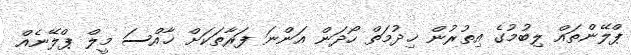
ޕްލޭންތައް ލިބުމުގެ އިތުރުން ޚިދުމަތް ހޯދަން އަންނަ ފަރާތަކަށް ޚާއްސަ މީލް ޕްލޭނެއް